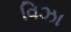
વિઝા